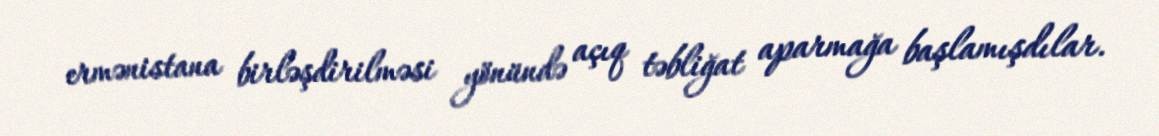
ermənistana birləşdirilməsi yönündə açıq təbliğat aparmağa başlamışdılar.